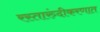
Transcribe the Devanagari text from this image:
रस्तारुंदीकरणात